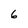
Character: 6